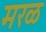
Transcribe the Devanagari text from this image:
मरळ